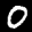
Label: 0